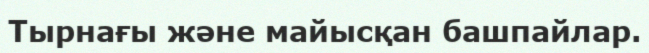
Тырнағы және майысқан башпайлар.